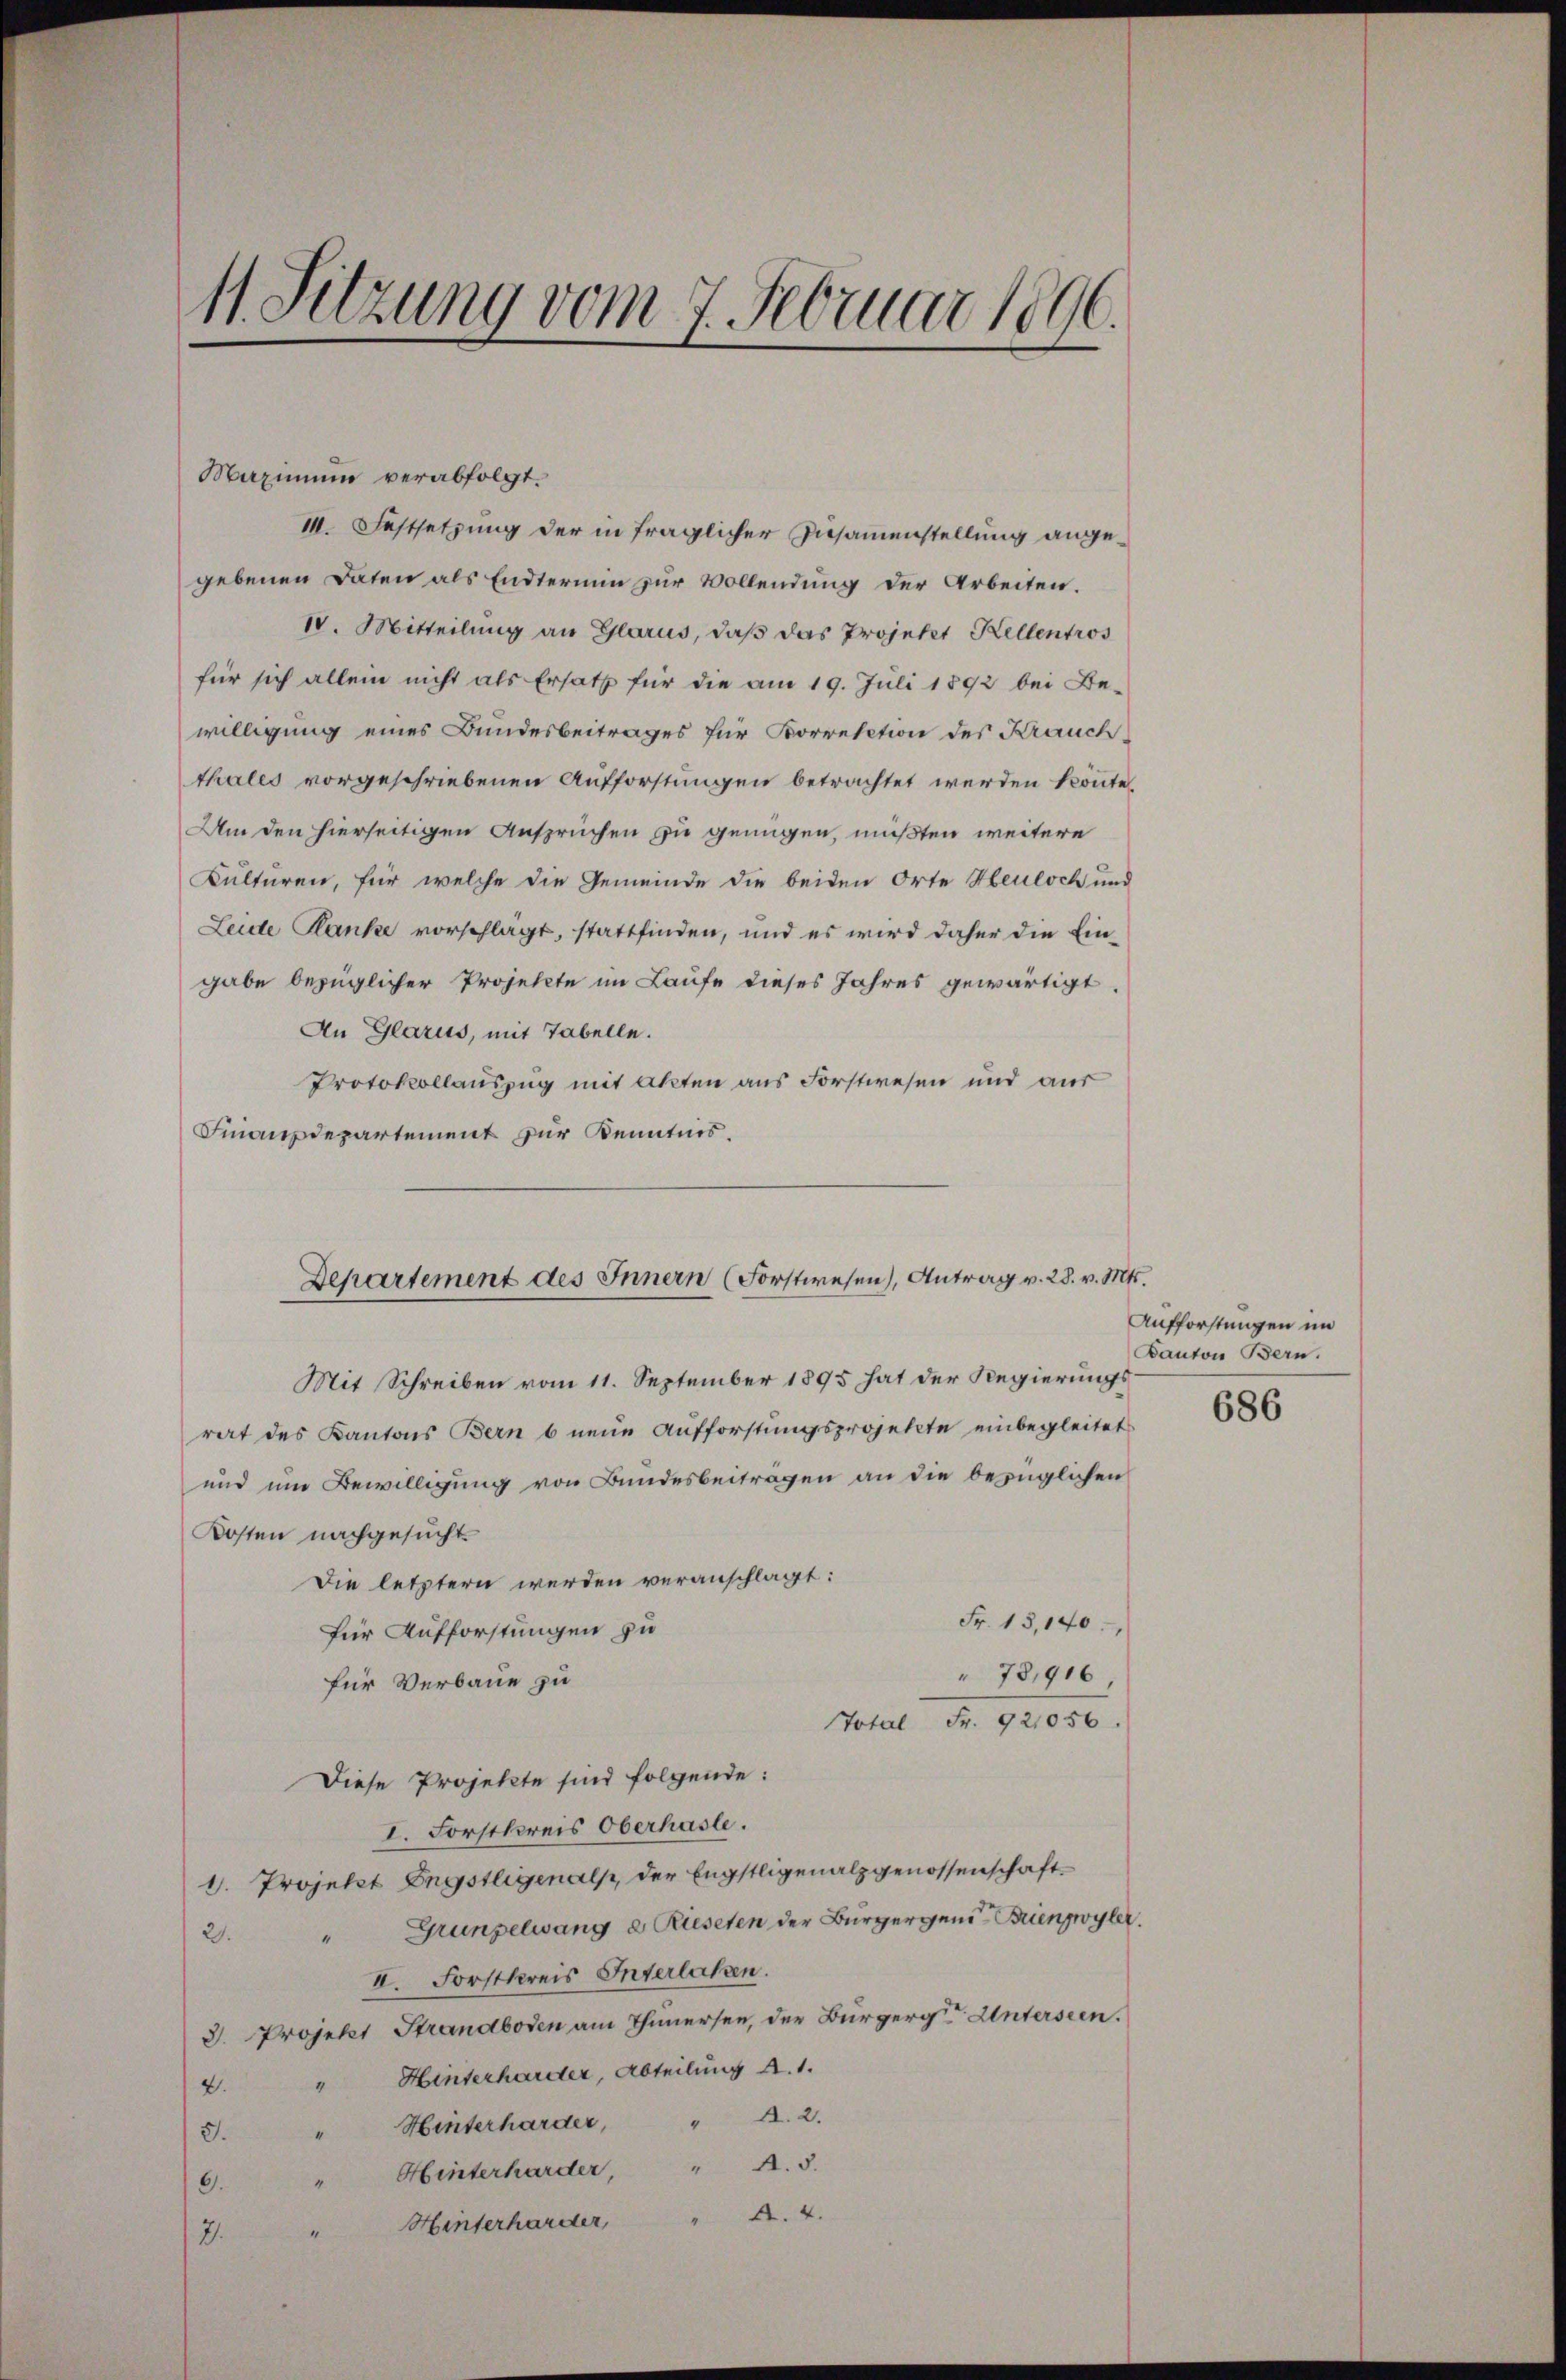
11. Sitzung vom 7. Februar 1896.

Maximum verabfolgt.
III. Festsetzung der in fraglicher Zusammenstellung angegebenen Daten als Endtermin zur Vollendung der Arbeiten.
IV. Mitteilung an Glarus, daß das Projekt Kellentros
für sich allein nicht als Ersatz für die am 19. Juli 1892 bei Be-
willigung eines Bundesbeitrages für Korrektion des Krauch
thales vorgeschriebenen Aufforstungen betrachtet werden könnte.
Am den hierseitigen Ansprüchen zu genügen, müßten weitere
Kulturen, für welche die Gemeinde die beiden Orte Heuloch und
Leide Hanke vorschlägt, stattfinden, und es wird daher die Eingabe bezüglicher Projekte im Laufe dieses Jahres gewärtigt.
An Glarus, mit Tabelle.
Protokollauszug mit akten aus Forstwesen und aus
Finanzdepartement zur Kenntnis.
Mit Schreiben vom 11. September 1895 hat der Regierungsrat des Kantons Bern b neue Aufforstungsprojekte einbegleitet
und um Bewilligung von Bundesbeitragen an die bezüglichen
Kosten nachgesucht.
Die letztern werden veranschlagt:
Fr. 13,140.
für Aufforstungen zu
" 78,916
für Verbaue zu
Total Fr. 921056.
Diese Projekte sind folgende:
I. Forstkreis Oberhasle.
1. Projekt Engstligenalp, der Engstligenalzgenossenschaft¬
Gründelwang 2 Rieseten der Bürgergend Brengwyler
21.
II. Forstkreis Interlaken.
3. Projekt Strandboden am Thunersen, der Bürgerger Unterseen.
Hinterharder, Abteilung a. 1.
2.
3. " Hinterharder, " A. 2.
Hinterharder, " A.3.
9.
A.4.
" Hinterharder,
7.

Departement des Innern (Forstwesen), Antrag v. 28. v. Mts.

Aufforstungen im
Kanton Bern.

686